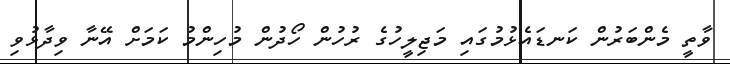
ވާތީ މެންބަރުން ކަނޑައެޅުމުގައި މަޖިލީހުގެ ރުހުން ހޯދުން މުހިންމު ކަމަށް އޭނާ ވިދާޅުވި